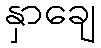
နှာချေ